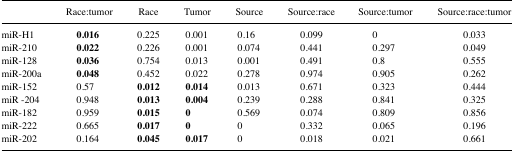
|  | Race:tumor | Race | Tumor | Source | Source:race | Source:tumor | Source:race:tumor |
 | --- | --- | --- | --- | --- | --- | --- | --- |
 | miR-H1 | 0.016 | 0.225 | 0.001 | 0.16 | 0.099 | 0 | 0.033 |
 | miR-210 | 0.022 | 0.226 | 0.001 | 0.074 | 0.441 | 0.297 | 0.049 |
 | miR-128 | 0.036 | 0.754 | 0.013 | 0.001 | 0.491 | 0.8 | 0.555 |
 | miR-200a | 0.048 | 0.452 | 0.022 | 0.278 | 0.974 | 0.905 | 0.262 |
 | miR-152 | 0.57 | 0.012 | 0.014 | 0.013 | 0.671 | 0.323 | 0.444 |
 | miR -204 | 0.948 | 0.013 | 0.004 | 0.239 | 0.288 | 0.841 | 0.325 |
 | miR-182 | 0.959 | 0.015 | 0 | 0.569 | 0.074 | 0.809 | 0.856 |
 | miR-222 | 0.665 | 0.017 | 0 | 0 | 0.332 | 0.065 | 0.196 |
 | miR-202 | 0.164 | 0.045 | 0.017 | 0 | 0.018 | 0.021 | 0.661 |